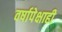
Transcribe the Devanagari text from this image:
वर्षापेक्षाही